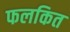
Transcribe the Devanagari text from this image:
फलकित